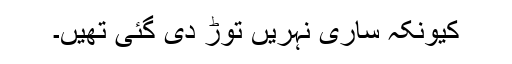
کیونکہ ساری نہریں توڑ دی گئی تھیں۔